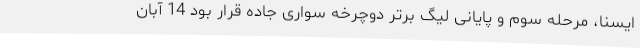
ایسنا، مرحله سوم و پایانی لیگ برتر دوچرخه سواری جاده قرار بود 14 آبان